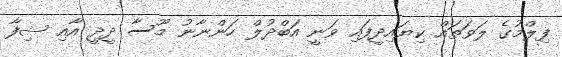
ފިލްމުގެ ލަވަތައް ކިޔައިދީފައި ވަނީ އަބްދުލް ހަންނާނު މޫސާ ދީދީ އާއި ޝިފާ